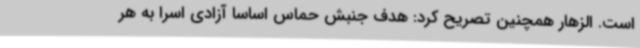
است. الزهار همچنین تصریح کرد: هدف جنبش حماس اساساً آزادی اسرا به هر